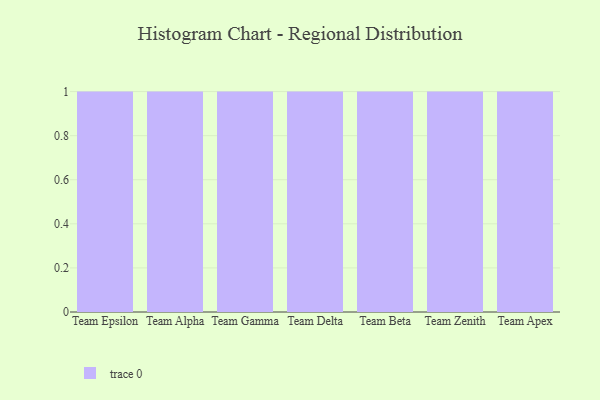
{"axis": {"x": "Team", "y": "Waste Production (Tons)"}, "legend": [""], "data": [{"x": "Team Epsilon", "y": 39, "type": ""}, {"x": "Team Alpha", "y": 47, "type": ""}, {"x": "Team Gamma", "y": 38, "type": ""}, {"x": "Team Delta", "y": 42, "type": ""}, {"x": "Team Beta", "y": 6, "type": ""}, {"x": "Team Zenith", "y": 42, "type": ""}, {"x": "Team Apex", "y": 3, "type": ""}]}